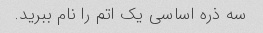
سه ذره اساسی یک اتم را نام ببرید.